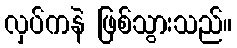
လှပ်ကနဲ ဖြစ်သွားသည်။